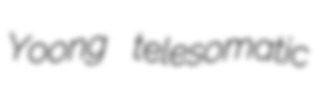
Yoong telesomatic